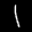
Label: 1